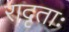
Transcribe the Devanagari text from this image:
रादृताः